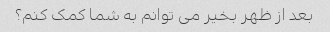
بعد از ظهر بخیر می توانم به شما کمک کنم؟